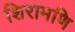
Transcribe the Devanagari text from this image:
शिरामणि